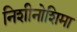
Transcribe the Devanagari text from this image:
निशीनोशिमा